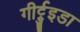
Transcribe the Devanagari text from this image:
गीर्ट्रुइडा